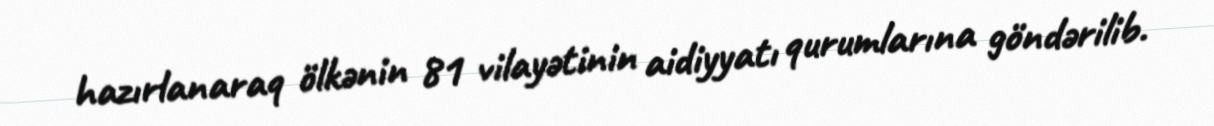
hazırlanaraq ölkənin 81 vilayətinin aidiyyatı qurumlarına göndərilib.